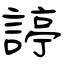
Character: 諪